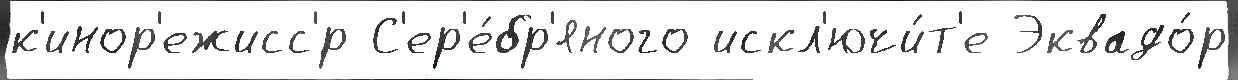
к'инор'ежисс'́р С'ер'е́бр'яного искл'ючи́т'е Эквадо́р